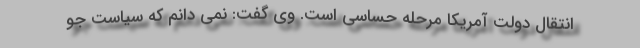
انتقال دولت آمریکا مرحله حساسی است. وی گفت: نمی دانم که سیاست جو